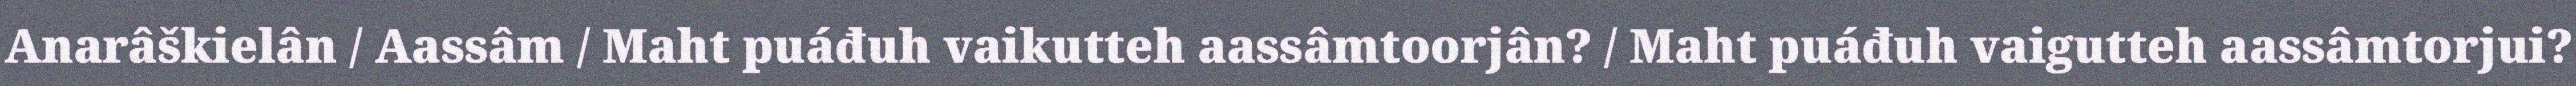
Anarâškielân / Aassâm / Maht puáđuh vaikutteh aassâmtoorjân? / Maht puáđuh vaigutteh aassâmtorjui?